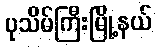
ပုသိမ်ကြီးမြို့နယ်